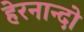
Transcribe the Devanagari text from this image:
हेरनान्दो